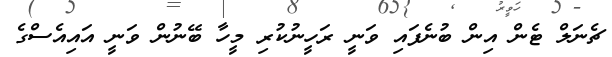
ޗެނަލް ޓެން އިން ބުނެފައި ވަނީ ރަހީނުކުރި މީހާ ބޭނުން ވަނީ އައިއެސްގެ